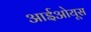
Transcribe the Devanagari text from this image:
आईओयूस